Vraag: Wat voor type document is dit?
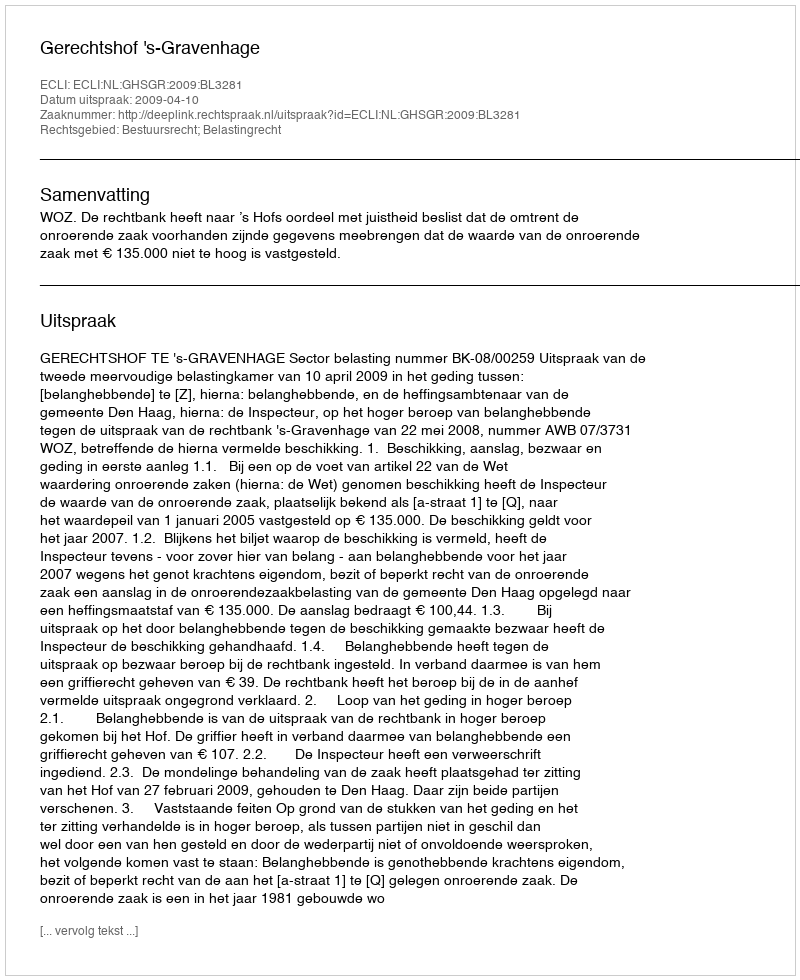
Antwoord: Uitspraak